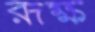
রূক্ষ